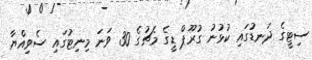
ސިޓީގެ ދަނޑުގައި ކުޅުނު ގުރޫޕް ޑީގެ މެޗުގެ 30 ވަނަ މިނިޓުގައި ސެވިއްޔާ